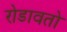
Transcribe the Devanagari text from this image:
रोडावतो